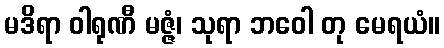
မဒိရာ ဝါရုဏီ မဇ္ဇံ၊ သုရာ ဘဝေါ တု မေရယံ။